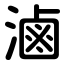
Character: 滷